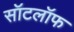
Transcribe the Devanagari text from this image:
सॉटलॉफ